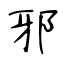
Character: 邪